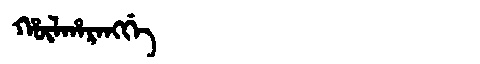
Manchu: ᡥᡡᠯᡥᠠᡵᠠᠩᡤᡝ
Romanization: HŪLHARANGGE